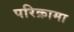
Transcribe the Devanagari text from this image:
परिक्रामा